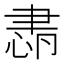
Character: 𦘛